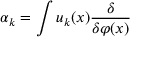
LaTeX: \alpha _ { k } = \int u _ { k } ( x ) { \frac { \delta } { \delta \varphi ( x ) } }